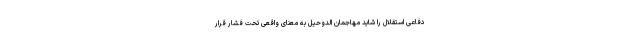
دفاعی استقلال را شاید مهاجمان الدوحیل به معنای واقعی تحت فشار قرار